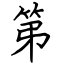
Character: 第